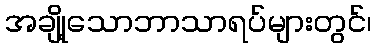
အချို့သောဘာသာရပ်များတွင်၊